Civil Veterinary Department. Madras. Admin. report 1926-33 - 1926-1933
Year: 1926
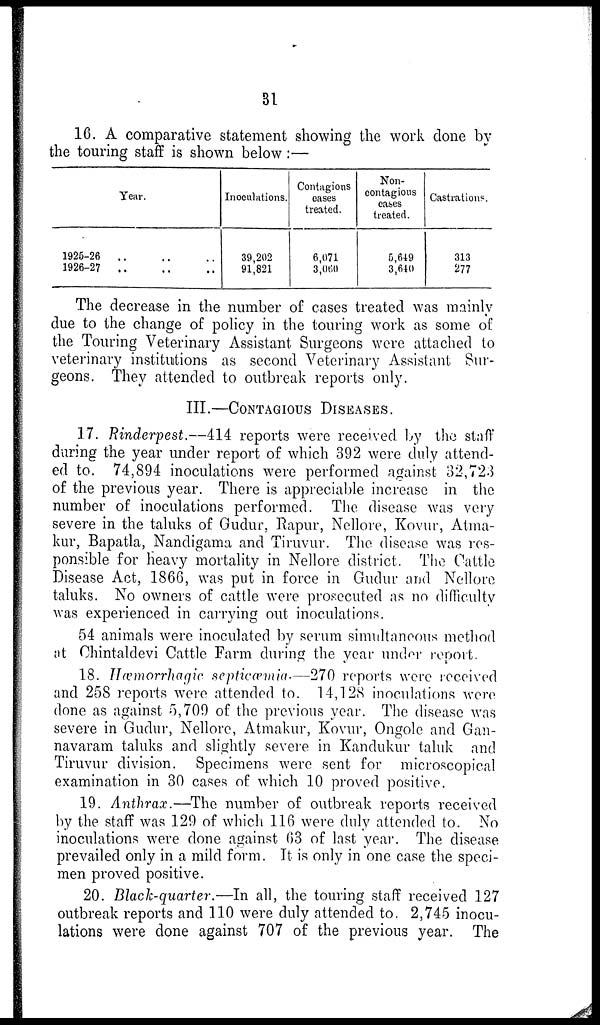
31
16. A comparative statement showing the work done by
the touring staff is shown below:—
Year.
1925-26 .. .. ..
1926-27 .. .. ..
Inoculations.
39,202
91,821
Contagions
cases
treated.
6,071
3,060
Non-
contagious
cases
treated.
5,649
3,640
Castrations.
313
277
The decrease in the number of cases treated was mainly
due to the change of policy in the touring work as some of
the Touring Veterinary Assistant Surgeons were attached to
veterinary institutions as second Veterinary Assistant Sur-
geons. They attended to outbreak reports only.
III.—CONTAGIOUS DISEASES.
17. Rinderpest.—414 reports were received by the staff
during the year under report of which 392 were duly attend-
ed to. 74,894 inoculations were performed against 32,723
of the previous year. There is appreciable increase in the
number of inoculations performed. The disease was very
severe in the taluks of Gudur, Rapur, Nellore, Kovur, Atma-
kur, Bapatla, Nandigama and Tiruvur. The disease was res-
ponsible for Heavy mortality in Nellore district. The Cattle
Disease Act, 1866, was put in force in Gudur and Nellore
taluks. No owners of cattle were prosecuted as no difficulty
was experienced in carrying out inoculations.
54 animals were inoculated by serum simultaneous method
at Chintaldevi Cattle Farm during the year under report.
18. Hæmorrhagic septicæmia.—270 reports were received
and 258 reports were attended to. 14,128 inoculations were
done as against 5,709 of the previous year. The disease was
severe in Gudur, Nellore, Atmakur, Kovur, Ongole and Gan-
navaram taluks and slightly severe in Kandukur taluk and
Tiruvur division. Specimens were sent for microscopical
examination in 30 cases of which 10 proved positive.
19. Anthrax.—The number of outbreak reports received
by the staff was 129 of which 116 were duly attended to. No
inoculations were done against 63 of last year. The disease
prevailed only in a mild form. It is only in one case the speci-
men proved positive.
20. Black-quarter.—In all, the touring staff received 127
outbreak reports and 110 were duly attended to. 2,745 inocu-
lations were done against 707 of the previous year. The